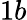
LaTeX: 1b